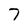
Character: 7